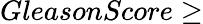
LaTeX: GleasonScore\ge